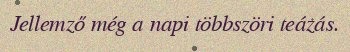
Jellemző még a napi többszöri teázás.